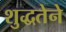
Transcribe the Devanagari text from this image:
शुद्धतेने